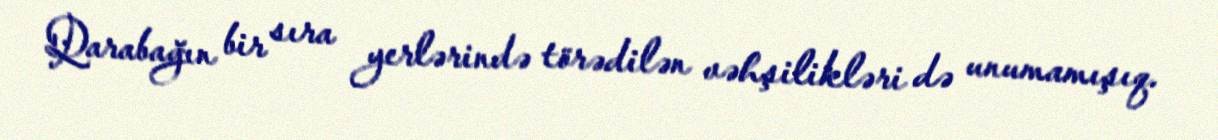
Qarabağın bir sıra yerlərində törədilən vəhşilikləri də unumamışıq.